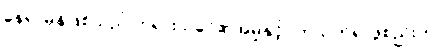
နေရာမှန်ဖြစ်သည် ဘုရားသခင်၏အမှုနှင့်ပတ်သက်၍ ဖွဲစည်းကာ